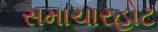
સમાચારહોટ